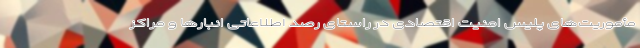
مأموریت‌های پلیس امنیت اقتصادی در راستای رصد اطلاعاتی انبارها و مراکز